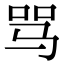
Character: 骂